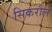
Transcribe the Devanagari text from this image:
सिकरौल